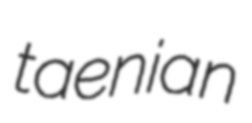
taenian